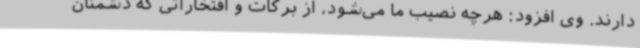
دارند. وی افزود: هرچه نصیب ما می‌شود، از برکات و افتخاراتی که دشمنان